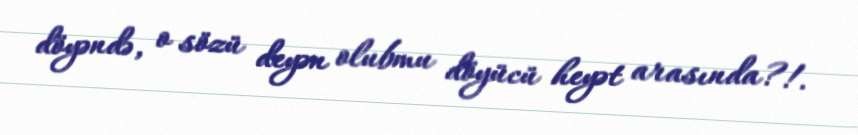
döyəndə, o sözü deyən olubmu döyücü heyət arasında?!.